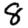
Digit: 8